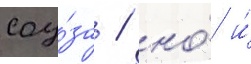
соу́за / но́ и́